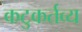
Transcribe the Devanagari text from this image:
कटुकर्तव्य